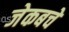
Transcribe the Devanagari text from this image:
जेकबचे